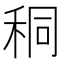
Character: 秱